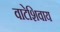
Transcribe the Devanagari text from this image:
वाटेशिवाय